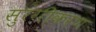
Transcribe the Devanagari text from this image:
सुरंगीकरण